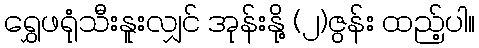
ရွှေဖရုံသီးနူးလျှင် အုန်းနို့ (၂)ဇွန်း ထည့်ပါ။